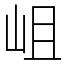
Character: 岨